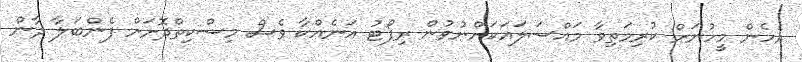
އެހެން މީހުނަށް ކުރިމަތިވާ މައްސަލައަކަށްނުވުން ރިޕޯޓު އަނެއްކާ ވެސް މިސްކިތްދޮށަށް ފެންބަލާ ދާން